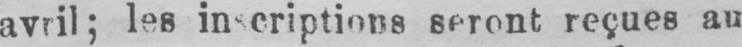
seront reçues au